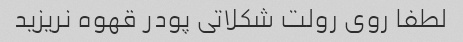
لطفا روی رولت شکلاتی پودر قهوه نریزید